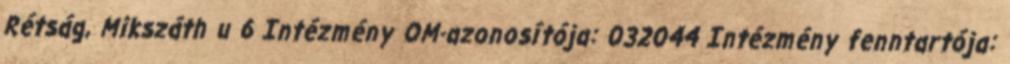
Rétság, Mikszáth u 6 Intézmény OM-azonosítója: 032044 Intézmény fenntartója: